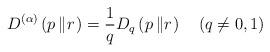
LaTeX: \begin{align*}D^{\left( \alpha\right) }\left( p\left\Vert r\right. \right) =\frac{1}{q}D_{q}\left( p\left\Vert r\right. \right) \quad\left( q\neq0,1\right)\end{align*}